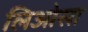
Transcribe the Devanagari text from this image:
लिओसा